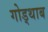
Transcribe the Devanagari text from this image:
गोड्थाब